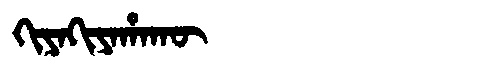
Manchu: ᡴᡳᠶᠠᡴᡳᠶᠠᡥᠠᡴᡡ
Romanization: KIYAKIYAHAKŪ